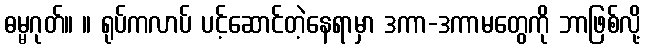
ဓမ္မဂုတ်။ ။ ရုပ်ကလာပ် ပင့်ဆောင်တဲ့နေရာမှာ ဒကာ-ဒကာမတွေကို ဘာဖြစ်လို့